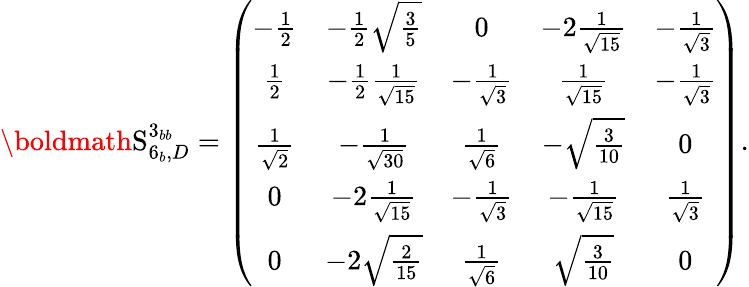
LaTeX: {\boldmath\mathrm{S}}_{6_{b},D}^{3_{bb}}=\left(\begin{array}{ccccc}{{-{\frac{1}{2}}}}&{{-{\frac{1}{2}}{\sqrt{{\frac{3}{5}}}}}}&{{0}}&{{-2{\frac{1}{{\sqrt{15}}}}}}&{{-{\frac{1}{{\sqrt{3}}}}}}\\ {{{\frac{1}{2}}}}&{{-{\frac{1}{2}}{\frac{1}{{\sqrt{15}}}}}}&{{-{\frac{1}{{\sqrt{3}}}}}}&{{{\frac{1}{{\sqrt{15}}}}}}&{{-{\frac{1}{{\sqrt{3}}}}}}\\ {{{\frac{1}{{\sqrt{2}}}}}}&{{-{\frac{1}{{\sqrt{30}}}}}}&{{{\frac{1}{{\sqrt{6}}}}}}&{{-{\sqrt{{\frac{3}{10}}}}}}&{{0}}\\ {{0}}&{{-2{\frac{1}{{\sqrt{15}}}}}}&{{-{\frac{1}{{\sqrt{3}}}}}}&{{-{\frac{1}{{\sqrt{15}}}}}}&{{{\frac{1}{{\sqrt{3}}}}}}\\ {{0}}&{{-2{\sqrt{{\frac{2}{15}}}}}}&{{{\frac{1}{{\sqrt{6}}}}}}&{{{\sqrt{{\frac{3}{10}}}}}}&{{0}}\end{array}\right).